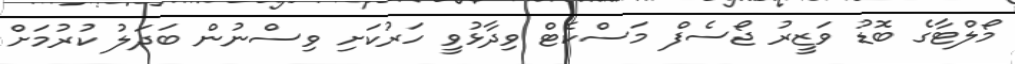
މޯލްޓާގެ ބޮޑު ވަޒީރު ޖޯސެފް މަސްކެޓް ވިދާޅުވީ ހަރުކަށި ވިސްނުން ބަދަލު ކުރުމަށް